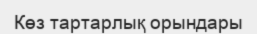
Көз тартарлық орындары